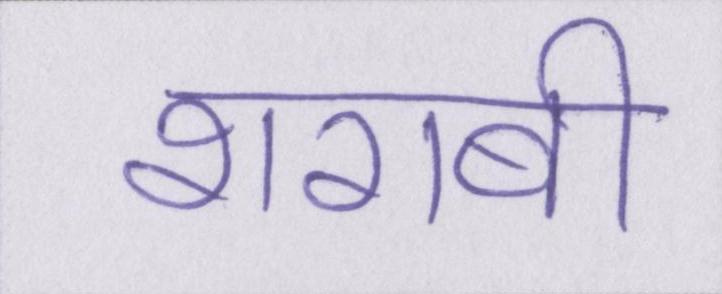
शराबी